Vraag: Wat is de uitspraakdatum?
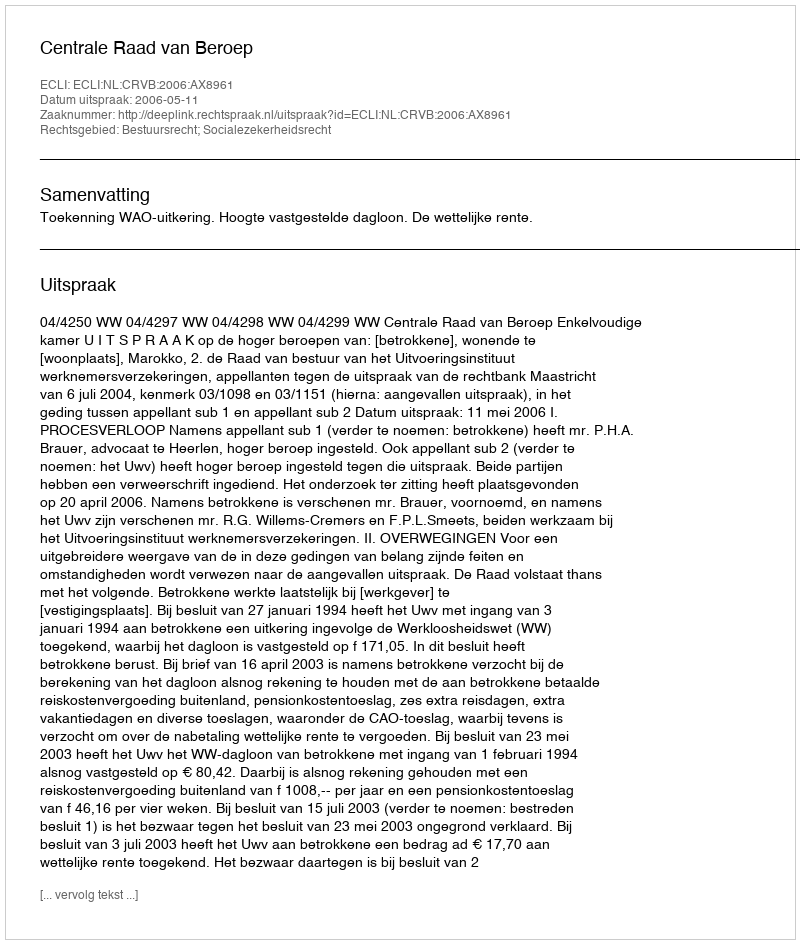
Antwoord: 2006-05-11